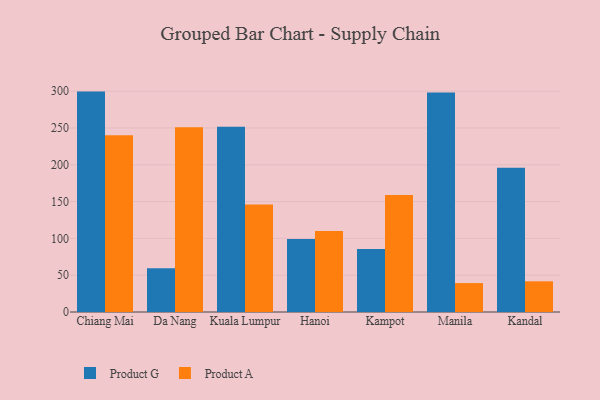
{"axis": {"x": "City", "y": "Shipments"}, "legend": ["Product A", "Product G"], "data": [{"x": "Chiang Mai", "y": 299.4, "type": "Product G"}, {"x": "Chiang Mai", "y": 240.0, "type": "Product A"}, {"x": "Da Nang", "y": 59.6, "type": "Product G"}, {"x": "Da Nang", "y": 250.9, "type": "Product A"}, {"x": "Kuala Lumpur", "y": 251.8, "type": "Product G"}, {"x": "Kuala Lumpur", "y": 146.2, "type": "Product A"}, {"x": "Hanoi", "y": 99.1, "type": "Product G"}, {"x": "Hanoi", "y": 110.0, "type": "Product A"}, {"x": "Kampot", "y": 85.6, "type": "Product G"}, {"x": "Kampot", "y": 158.9, "type": "Product A"}, {"x": "Manila", "y": 298.2, "type": "Product G"}, {"x": "Manila", "y": 39.3, "type": "Product A"}, {"x": "Kandal", "y": 196.0, "type": "Product G"}, {"x": "Kandal", "y": 41.7, "type": "Product A"}]}